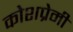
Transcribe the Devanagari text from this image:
कोशप्रेमी